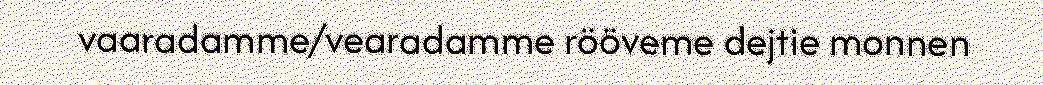
vaaradamme/vearadamme rööveme dejtie monnen